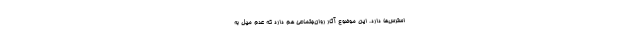
استرس‌ها دارد. این موضوع آثار روان‌جتماعی هم دارد که‌ عدم میل به